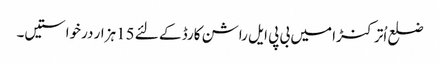
ضلع اُترکنڑا میں بی پی ایل راشن کارڈ کے لئے 15ہزار درخواستیں۔